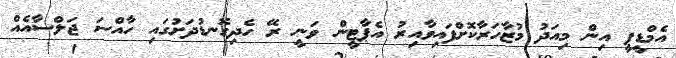
އެމްޑީޕީ އިން މިއަދު މުޒާހަރާކޮށްފައިވާއިރު އެޕާޓީން ވަނީ ރޭ ހެދިގޮނޑުދަށުގައި ހާއްސަ ޖަލްސާއެއް